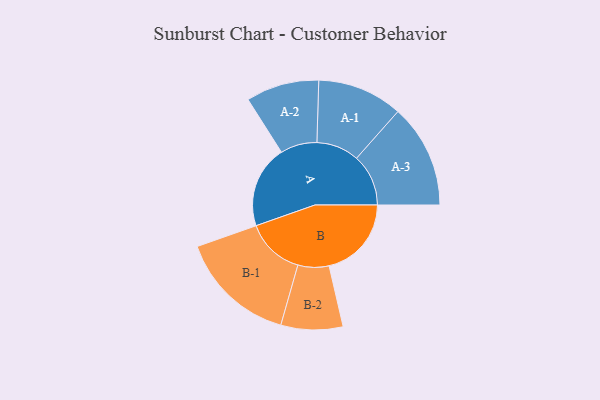
{"axis": {"x": "Segment", "y": "Value"}, "legend": ["", "A", "B"], "data": [{"x": "A", "y": 367, "type": ""}, {"x": "B", "y": 367, "type": ""}, {"x": "A-1", "y": 190, "type": "A"}, {"x": "A-2", "y": 163, "type": "A"}, {"x": "A-3", "y": 231, "type": "A"}, {"x": "B-1", "y": 261, "type": "B"}, {"x": "B-2", "y": 138, "type": "B"}]}